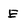
Character: E